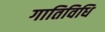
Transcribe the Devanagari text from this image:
गातिविधि